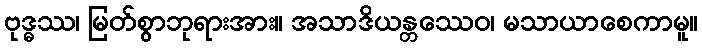
ဗုဒ္ဓဿ၊ မြတ်စွာဘုရားအား။ အသာဒိယန္တဿေဝ၊ မသာယာစေကာမူ။